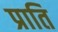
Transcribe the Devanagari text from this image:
प्राति